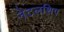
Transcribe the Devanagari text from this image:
नेटलशिप